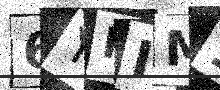
Text: 6YIIM1